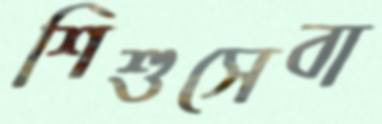
শিশুসেবা